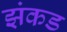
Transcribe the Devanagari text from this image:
झंकड